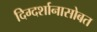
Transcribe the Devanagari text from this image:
दिग्दर्शानासोबत